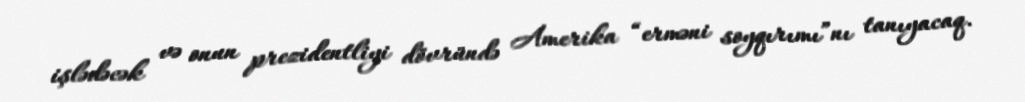
işlədəcək və onun prezidentliyi dövründə Amerika “erməni soyqırımı”nı tanıyacaq.